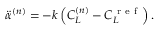
\ddot { \alpha } ^ { ( n ) } = - k \left( C _ { L } ^ { ( n ) } - C _ { L } ^ { \mathrm { ~ r ~ e ~ f ~ } } \right) .